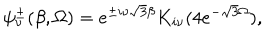
LaTeX: \psi _ { \nu } ^ { \pm } ( \beta , \Omega ) = e ^ { \pm i \nu \sqrt { 3 } \beta } K _ { i \nu } ( 4 e ^ { - \sqrt { 3 } \Omega } ) ,